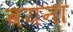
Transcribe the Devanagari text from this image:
वयना